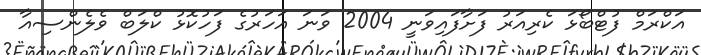
އަކްރަމް ފުޓްބޯޅަ ކެރިއަރު ފަށާފައިވަނީ 2004 ވަނަ އަހަރުގެ ފަހުކޮޅު ކްލަބް ވެލެންސިއާ